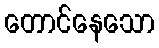
တောင်နေသော